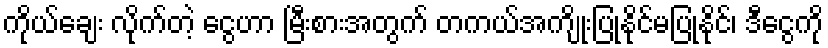
ကိုယ်ချေး လိုက်တဲ့ ငွေဟာ မြီးစားအတွက် တကယ်အကျိုးပြုနိုင်မပြုနိုင်၊ ဒီငွေကို